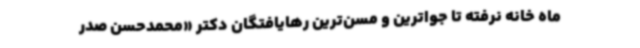
ماه خانه نرفته تا جواترین و مسن‌ترین رهایافتگان دکتر «محمدحسن صدر